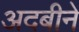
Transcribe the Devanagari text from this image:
अदबीने